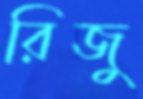
রিজু